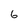
Character: 6